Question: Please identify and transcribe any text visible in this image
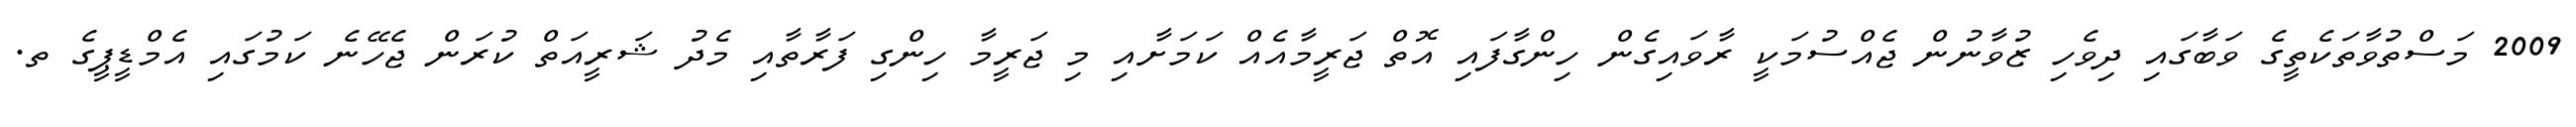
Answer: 2009 މަސްތުވާތަކެތީގެ ވަބާގައި ދިވެހި ޒުވާނުން ޖެއްސުމަކީ ރާވައިގެން ހިންގާފައި އޮތް ޖަރީމާއެއް ކަމަށާއި މި ޖަރީމާ ހިންގި ފަރާތާއި މެދު ޝަރީއަތް ކުރަން ޖެހޭނެ ކަމުގައި އެމްޑީޕީގެ ތ.